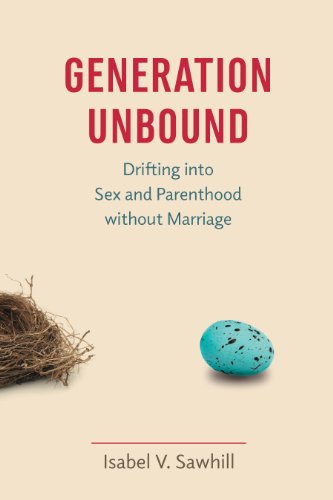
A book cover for Generation Unbound: Drifting into Sex and Parenthood without Marriage; Isabel V. Sawhill; Politics & Social Sciences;